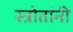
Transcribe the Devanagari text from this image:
स्त्रोतांनी